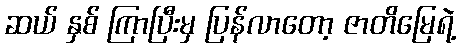
ဆယ် နှစ် ကြာပြီးမှ ပြန်လာတော့ ဇာတိမြေရဲ့